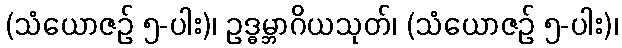
(သံယောဇဉ် ၅-ပါး)၊ ဥဒ္ဓမ္ဘာဂိယသုတ်၊ (သံယောဇဉ် ၅-ပါး)၊